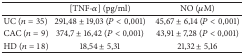
<table><thead><tr><td><b> </b></td><td><b>[TNF-<i>α</i>] (pg/ml)</b></td><td><b>NO (<i>μ</i>M)</b></td></tr></thead><tbody><tr><td>UC (<i>n</i> = 35)</td><td>291,48 ± 19,03 (<i>P</i>&lt; 0,001)</td><td>45,67 ± 6,14 (<i>P</i>&lt; 0,001)</td></tr><tr><td>CAC (<i>n</i> = 9)</td><td>374,7 ± 16,42 (<i>P</i>&lt; 0,001)</td><td>43,91 ± 7,28 (<i>P</i>&lt; 0,001)</td></tr><tr><td>HD (<i>n</i> = 18)</td><td>18,54 ± 5,31</td><td>21,32 ± 5,16</td></tr></tbody></table>